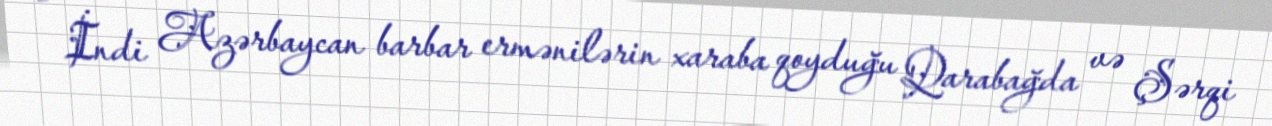
- İndi Azərbaycan barbar ermənilərin xaraba qoyduğu Qarabağda və Şərqi